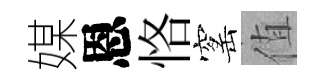
媒恩恪窰值